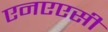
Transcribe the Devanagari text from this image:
एनएएसी